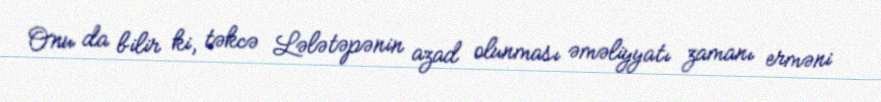
Onu da bilir ki, təkcə Lələtəpənin azad olunması əməliyyatı zamanı erməni